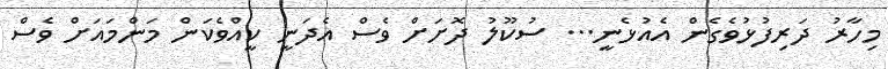
މިހާރު ދަރިފުޅުވެގެން އެއުޅެނީ... ސުކޫލު ދޮށަށް ވެސް އެދަނީ ކީއްވެކަން މަންމައަށް ވެސް